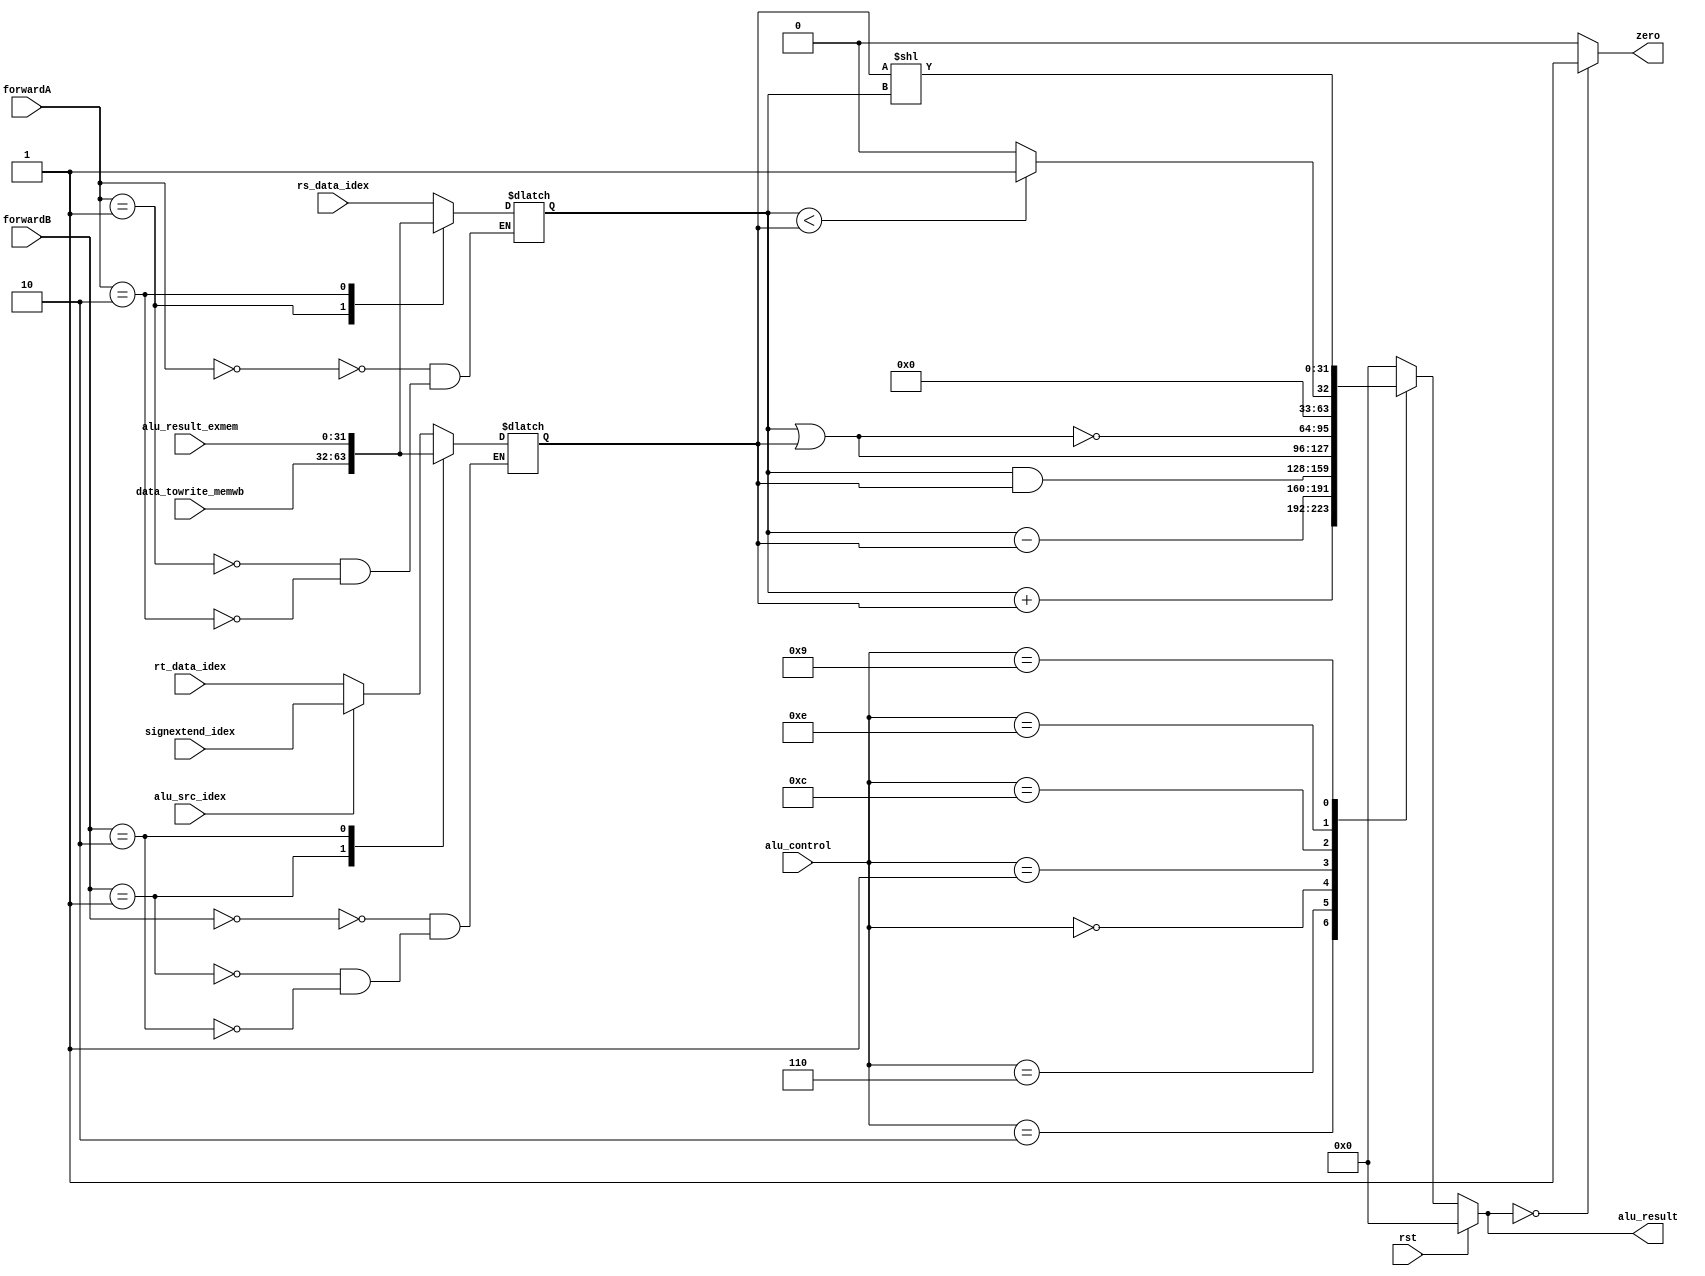
`timescale 1ns / 1ps

module ALU(  input [31:0] rs_data_idex, rt_data_idex,
	 input alu_src_idex,	
	 input[31:0] signextend_idex,	 
    input [3:0] alu_control, // alu control
	 input rst,
	 input [1:0]forwardA,
	 input [1:0]forwardB,
	 input[31:0]data_towrite_memwb,
	 input[31:0]alu_result_exmem,
    output reg [31:0] alu_result,
	 output reg zero
    );
	 reg [31:0]input1;
	 reg [31:0]input2;
	 always @(*)begin
		case(forwardA)
			2'b00:input1=rs_data_idex;
			2'b01:input1=data_towrite_memwb;
			2'b10:input1=alu_result_exmem;
		endcase
		case(forwardB)
			2'b00:begin
				if(alu_src_idex)
					input2=signextend_idex;
				else
					input2=rt_data_idex;
			end	
			2'b01:input2=data_towrite_memwb;
			2'b10:input2=alu_result_exmem;
		endcase	
	 end
	 always@(*)begin
	 if(rst)begin
		alu_result=0;
		zero=0;
	 end
	 
	 else begin
		case(alu_control)
			 4'b0010: alu_result = input1 + input2;//add
          4'b0110: alu_result = input1 - input2;//sub
          4'b0000: alu_result = input1 & input2;//AND
          4'b0001: alu_result = input1 | input2;//OR
          4'b1100: alu_result = ~(input1 | input2);//NOR
			 4'b1110:begin
				   if (input1 < input2)
						alu_result = 1;
					else
						alu_result = 0;
			 end
          4'b1001: alu_result = input2 << input1 ;//sll
			default:alu_result=0;
		endcase
	 end
		 if (alu_result == 0) begin
            zero = 1'b1;
        end else begin
            zero = 1'b0;
        end
		  
	 end
		


endmodule